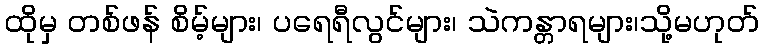
ထိုမှ တစ်ဖန် စိမ့်များ၊ ပရေရီလွင်များ၊ သဲကန္တာရများ၊သို့မဟုတ်